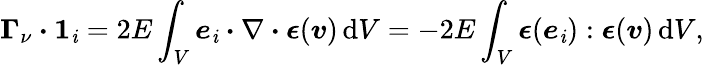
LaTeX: \boldsymbol{\Gamma}_{\nu}\boldsymbol{\cdot}\boldsymbol{1}_{\mathit{i}}=2E\int_{V}\boldsymbol{e}_{\mathit{i}}\boldsymbol{\cdot}\nabla\boldsymbol{\cdot}\boldsymbol{\epsilon}(\boldsymbol{v})\, \mathrm{{d}}V=-2E\int_{V}\boldsymbol{\epsilon}(\boldsymbol{e}_{\mathit{i}}):\boldsymbol{\epsilon}(\boldsymbol{v})\, \mathrm{{d}}V,